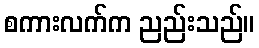
စကားလက်က ညည်းသည်။